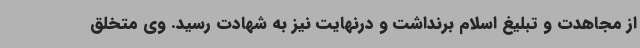
از مجاهدت و تبلیغ اسلام برنداشت و درنهایت نیز به شهادت رسید. وی متخلق